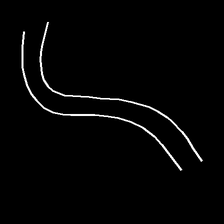
Glyph: float